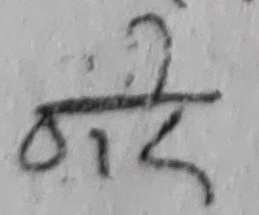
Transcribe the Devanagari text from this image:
बाहेक